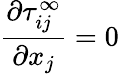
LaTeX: \frac{\partial\tau_{ij}^{\infty}}{\partial x_{j}}=0